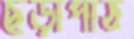
ছড়াপাঠ